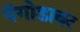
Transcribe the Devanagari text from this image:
पॅगोडावर